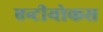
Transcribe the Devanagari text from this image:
एन्टीयोकस